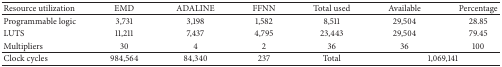
<table><thead><tr><td><b>Resource utilization</b></td><td><b>EMD</b></td><td><b>ADALINE</b></td><td><b>FFNN</b></td><td><b>Total used</b></td><td><b>Available</b></td><td><b>Percentage</b></td></tr></thead><tbody><tr><td>Programmable logic</td><td>3,731</td><td>3,198</td><td>1,582</td><td>8,511</td><td>29,504</td><td>28.85</td></tr><tr><td>LUTS</td><td>11,211</td><td>7,437</td><td>4,795</td><td>23,443</td><td>29,504</td><td>79.45</td></tr><tr><td>Multipliers</td><td>30</td><td>4</td><td>2</td><td>36</td><td>36</td><td>100</td></tr><tr><td>Clock cycles</td><td>984,564</td><td>84,340</td><td>237</td><td>Total</td><td colspan="2">1,069,141</td></tr></tbody></table>